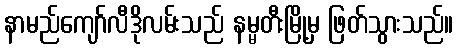
နာမည်ကျော်လီဒိုလမ်းသည် နမ္မတီးမြို့မှ ဖြတ်သွားသည်။